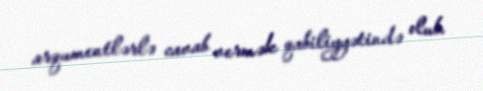
arqumentlərlə cavab vermək qabiliyyətində olub.